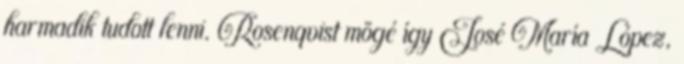
harmadik tudott lenni. Rosenqvist mögé így José María López,